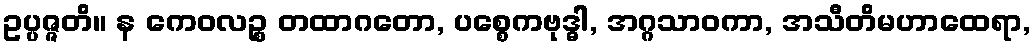
ဥပ္ပဇ္ဇတိ။ န ကေဝလဉ္စ တထာဂတော, ပစ္စေကဗုဒ္ဓါ, အဂ္ဂသာဝကာ, အသီတိမဟာထေရာ,